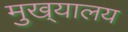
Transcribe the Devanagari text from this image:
मुख्‌यालय